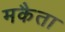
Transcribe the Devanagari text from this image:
मकैता